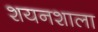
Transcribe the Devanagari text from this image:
शयनशाला